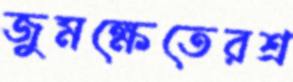
জুমক্ষেতেরশ্র